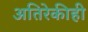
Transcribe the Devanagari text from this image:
अतिरेकीही